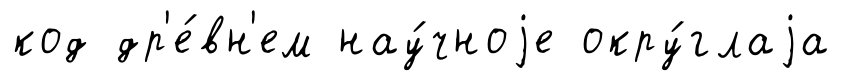
код др'е́вн'ем нау́чноjе окру́глаjа